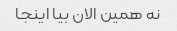
نه همین الان بیا اینجا